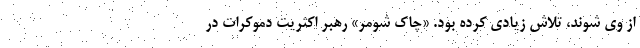
از وی شوند، تلاش زیادی کرده بود. «چاک شومر» رهبر اکثریت دموکرات‌ در